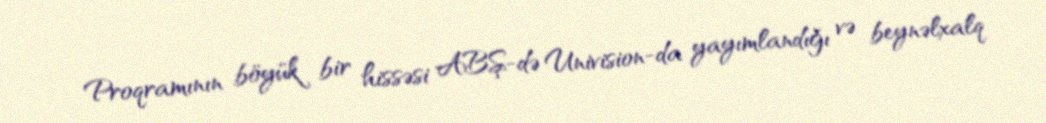
Proqramının böyük bir hissəsi ABŞ-də Univision-da yayımlandığı və beynəlxalq